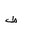
Letter: _da